Lunatic asylums United Provinces 1909-1921 - 1909-1921
Year: 1909
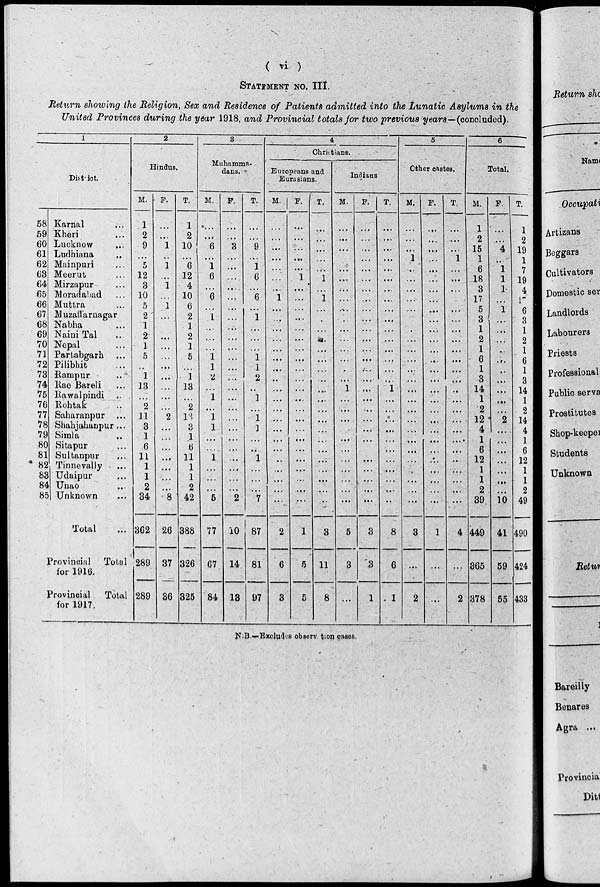
( vi )
STATEMENT NO. III.
Return showing the Religion, Sex and Residence of Patients admitted into the Lunatic Asylums in the
United Provinces during the year 1918, and Provincial totals for two previous years—(concluded).
1
District.
58
59
60
61
62
63
64
65
66
67
68
69
70
71
72
73
74
75
76
77
78
79
80
81
82
82
84
85
Karnal ...
Kheri ...
Lucknow ...
Ludhiana ...
Mainpuri ...
Meerut ...
Mirzapur ...
Moradabad ...
Muttra ...
Muzaffarnagar
Nabha ...
Naini Tal ...
Nepal
Partabgarb ...
Pilibhit ...
Rampur ...
Rae Bareli ...
Rawalpindi ...
Rohtak ...
Saharanpur ...
Shahjahanpur ...
Simla ...
Sitapur ...
Sultanpur ...
Tinnevally ...
Udaipur ...
Unao ...
Unknown ...
Total ...
Provincial Total
for 1916.
Provincial
Total
for 1917.
2
Hindus.
M.
1
2
9
...
5
12
3
10
5
2
1
2
1
5
...
1
13
...
2
11
3
1
6
11
1
1
2
34
362
289
289
F.
...
...
1
...
1
...
1
...
1
...
...
...
...
...
...
...
...
...
...
2
...
...
...
...
...
...
...
8
26
37
36
T.
1
2
10
...
6
12
4
10
6
2
1
2
1
5
...
1
13
...
2
13
3
1
6
11
1
1
2
42
388
326
325
3
Muhammn-
dans.
M.
...
...
6
...
1
6
...
6
...
1
...
...
...
1
1
2
...
1
...
1
1
...
...
1
...
...
...
5
77
67
84
F.
...
...
3
...
...
...
...
...
...
...
...
...
...
...
...
...
...
...
...
...
...
...
...
...
...
...
...
2
10
14
13
T.
...
...
9
...
1
6
...
6
...
1
...
...
...
1
1
2
...
1
...
1
1
...
...
1
...
...
...
7
87
81
97
4
Christians.
Europeans and
Eurusians.
M.
...
...
...
...
...
...
...
1
...
...
...
...
...
...
...
...
...
...
...
...
...
...
...
...
...
...
...
...
2
6
3
F.
...
...
...
...
...
1
...
...
...
...
...
...
...
...
...
...
...
...
...
...
...
...
...
...
...
...
...
...
1
5
5
T.
...
...
...
...
...
1
...
1
...
...
...
...
...
...
...
...
...
...
...
...
...
...
...
...
...
...
...
...
3
11
8
Indians
M.
...
...
...
...
...
...
...
...
...
...
...
...
...
...
...
...
1
...
...
...
...
...
...
...
...
...
...
...
5
3
...
F.
...
...
...
...
...
...
...
...
...
...
...
...
...
...
...
...
...
...
...
...
...
...
...
...
...
...
...
...
3
3
1
T.
...
...
...
...
...
...
...
...
...
...
...
...
...
...
...
...
1
...
...
...
...
...
...
...
...
...
...
...
8
6
1
5
Other castes.
M.
...
...
...
1
...
...
...
...
...
...
...
...
...
...
...
...
...
...
...
...
...
...
...
...
...
...
...
...
3
...
2
F.
...
...
...
...
...
...
...
...
...
...
...
...
...
...
...
...
...
...
...
...
...
...
...
...
...
...
...
...
1
...
...
T.
...
...
...
1
...
...
...
...
...
...
...
...
...
...
...
...
...
...
...
...
...
...
...
...
...
...
...
...
4
...
2
6
Total.
M.
1
2
15
1
6
18
3
17
5
3
1
2
1
6
1
3
14
1
2
12
4
1
6
12
1
1
2
39
449
365
378
F.
...
...
4
...
1
1
1
...
1
...
...
...
...
...
...
...
...
...
...
2
...
...
...
...
...
...
...
10
41
59
55
T.
1
2
19
1
7
19
4
15
6
3
1
2
1
6
1
3
14
1
2
14
4
1
6
12
1
1
2
49
490
424
433
N.B.––Excludes observation cases.